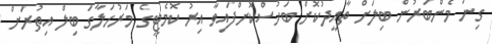
ގިނަ މެންބަރުން ބިލަށް ތާއީދުކޮށް ބަހުސްކޮށްފައިވާ އިރު ކޮމެޓީގެ މަރުހަލާގަ ބިލް އިތުރަށް